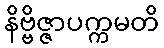
နိဗ္ဗိဇ္ဇာပက္ကမတိ